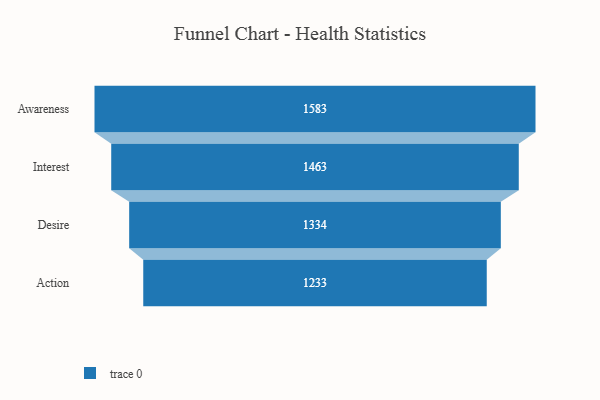
{"axis": {"x": "Stage", "y": "Value"}, "legend": [""], "data": [{"x": "Awareness", "y": 1583.0, "type": ""}, {"x": "Interest", "y": 1463.0, "type": ""}, {"x": "Desire", "y": 1334.0, "type": ""}, {"x": "Action", "y": 1233.0, "type": ""}]}